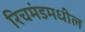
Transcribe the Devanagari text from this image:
रिचमंडमधील